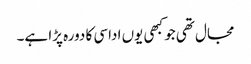
مجال تھی جو کبھی یوں اداسی کا دورہ پڑا ہے۔